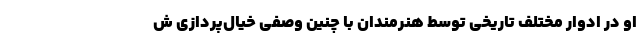
او در ادوار مختلف تاریخی توسط هنرمندان با چنین وصفی خیال‌پردازی ش